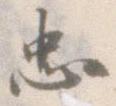
忠